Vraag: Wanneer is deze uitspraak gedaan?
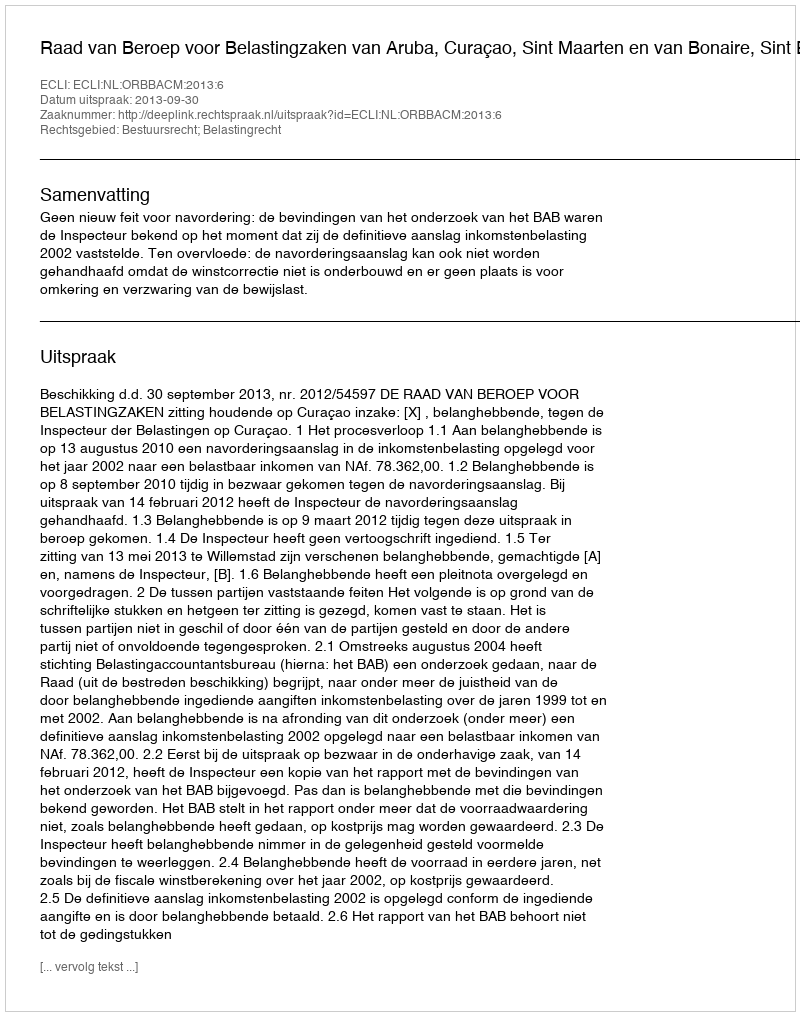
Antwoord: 2013-09-30